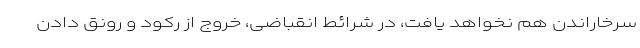
سرخاراندن هم نخواهد یافت، در شرائط انقباضی، خروج از رکود و رونق دادن